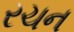
રચન